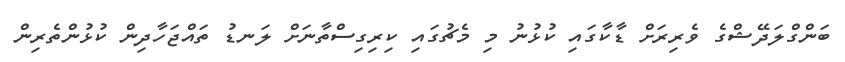
ބަންގްލަދޭޝްގެ ވެރިރަށް ޑާކާގައި ކުޅުނު މި މެޗުގައި ކިރިގިސްތާނަށް ލަނޑު ތައްޖަހާދިން ކުޅުންތެރިން